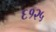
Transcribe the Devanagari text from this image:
६१२५